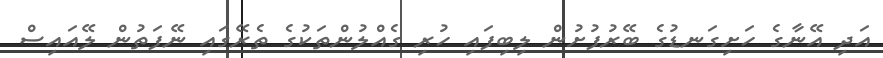
އަދި އޭނާގެ ހަށިގަނޑުގެ ބޭރުފުށުން ލިބިފައި ހުރި ގެއްލުންތަކުގެ ތެރޭގައި ނޭފަތުން ލޭއައިސް